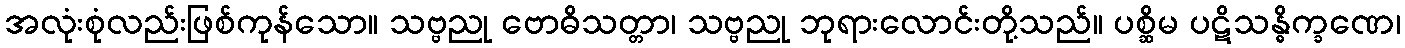
အလုံးစုံလည်းဖြစ်ကုန်သော။ သဗ္ဗညု ဗောဓိသတ္တာ၊ သဗ္ဗညု ဘုရားလောင်းတို့သည်။ ပစ္ဆိမ ပဋိသန္ဓိက္ခဏေ၊